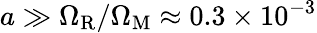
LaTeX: a\gg\Omega_{\mathrm{R}}/\Omega_{\mathrm{M}}\approx 0.3\times 10^{-3}